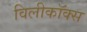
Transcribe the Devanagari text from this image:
विलीकॉक्स